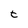
Character: t